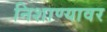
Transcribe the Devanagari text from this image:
निशाण्यावर